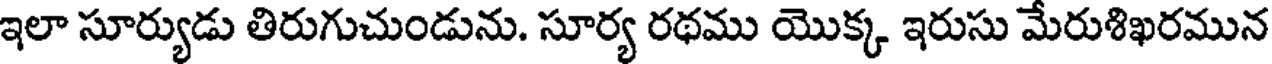
ఇలా సూర్యుడు తిరుగుచుండును. సూర్య రథము యొక్క ఇరుసు మేరుశిఖరమున